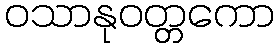
ဝသာနုဝတ္တကော